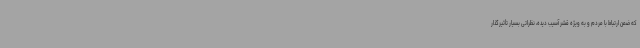
که ضمن ارتباط با مردم و به ویژه قشر آسیب دیده، نظراتی بسیار تأثیرگذار